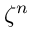
\zeta ^ { n }